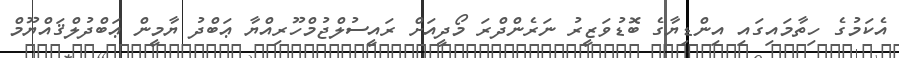
އެކަމުގެ ހިތާމައިގައި އިންޑިޔާގެ ބޮޑުވަޒީރު ނަރެންދްރަ މޯދީއަށް ރައީސުލްޖުމްހޫރިއްޔާ ޢަބްދު ޔާމީން ޢަބްދުލްޤައްޔޫމް